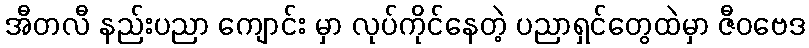
အီတလီ နည်းပညာ ကျောင်း မှာ လုပ်ကိုင်နေတဲ့ ပညာရှင်တွေထဲမှာ ဇီဝဗေဒ